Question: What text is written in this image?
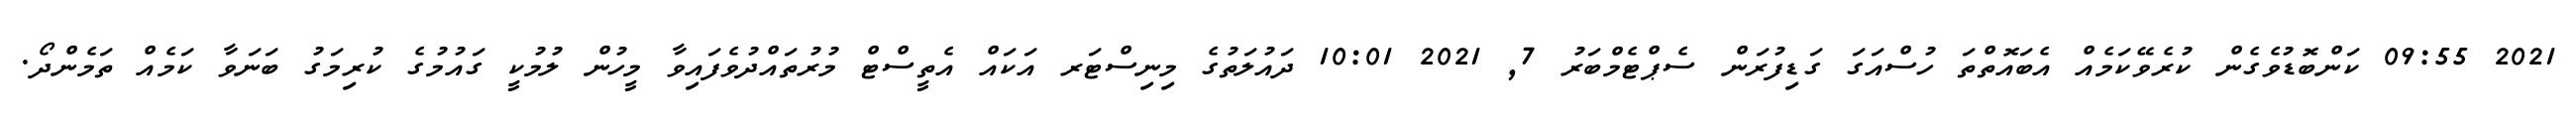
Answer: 2021 09:55 ކަންބޮޑުވެގެން ކުރެވޭކަމެއް އެބައޮތްތަ ހުސްއަގަ ގަޑިފުރަން ސެޕްޓެމްބަރު 7, 2021 10:01 ދައުލަތުގެ މިނިސްޓަރ އަކައް އެތީސްޓް މުރުތައްދުވެފައިވާ މީހުން ލުމުކީ ގައުމުގެ ކުރިމަގު ބަނަވާ ކަމެއް ތަމެންދޯ.